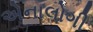
એનાલોગી